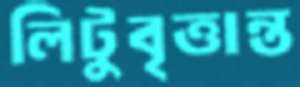
লিটুবৃত্তান্ত